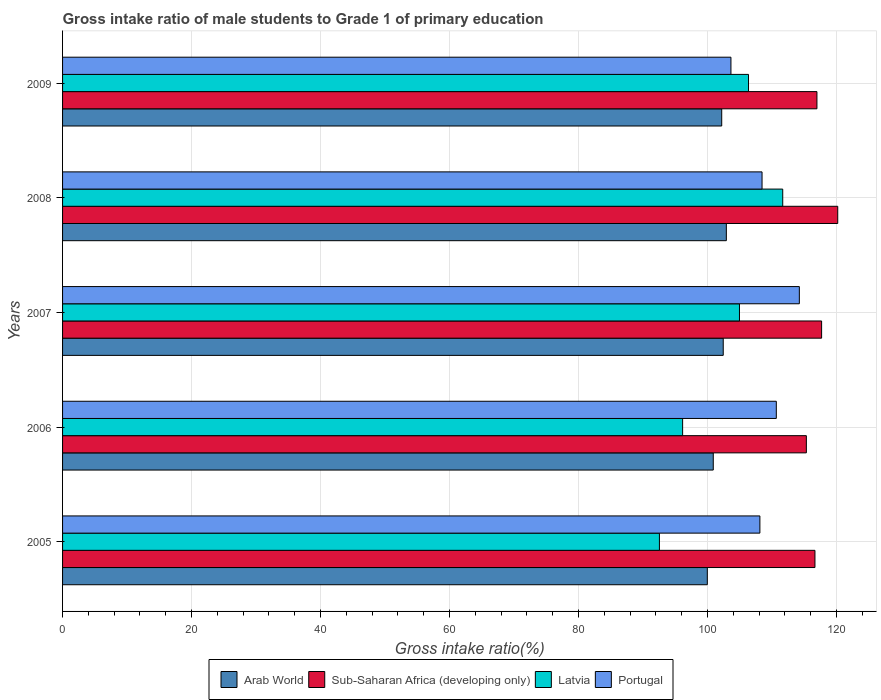
| Years | Arab World | Sub-Saharan Africa (developing only) | Latvia | Portugal |
 | --- | --- | --- | --- | --- |
 | 2005 | 100 | 117 | 92.6 | 108 |
 | 2006 | 101 | 115 | 96.1 | 111 |
 | 2007 | 102 | 118 | 105 | 114 |
 | 2008 | 103 | 120 | 112 | 108 |
 | 2009 | 102 | 117 | 106 | 104 |